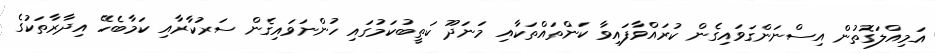
އަމިއްލަގޮތުން އިސްނަންގަވައިގެން ކުރައްވާފައިވާ ކަންތައްތަކާއި މަނަދޫ ކަތީބުކަމުގައި ހުންނަވައިގެން ސަރުކާރާއި ކަމާބެހޭ އިދާރާތަކުގެ